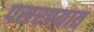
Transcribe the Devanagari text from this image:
पसरण्यात